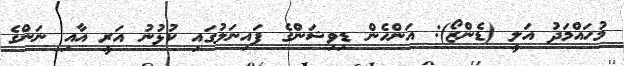
މުހައްމަދު އަލީ (ޑެންޒޯ): އަންހެން ޑިވިޝަންގެ ފައިނަލުގައި ކުޅުނު އަރީ އާއި ނަންގެ